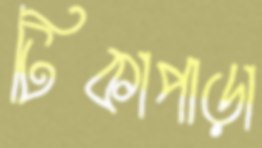
টিকাপাড়া